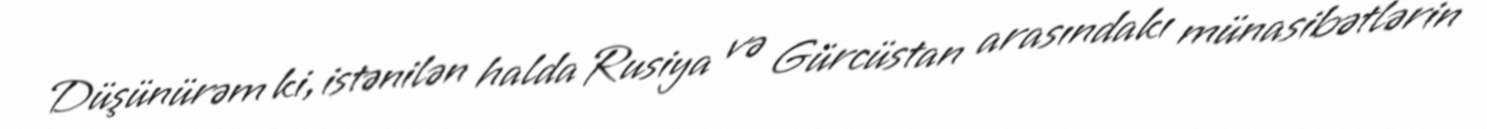
Düşünürəm ki, istənilən halda Rusiya və Gürcüstan arasındakı münasibətlərin